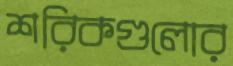
শরিকগুলোর